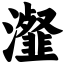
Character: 瀣